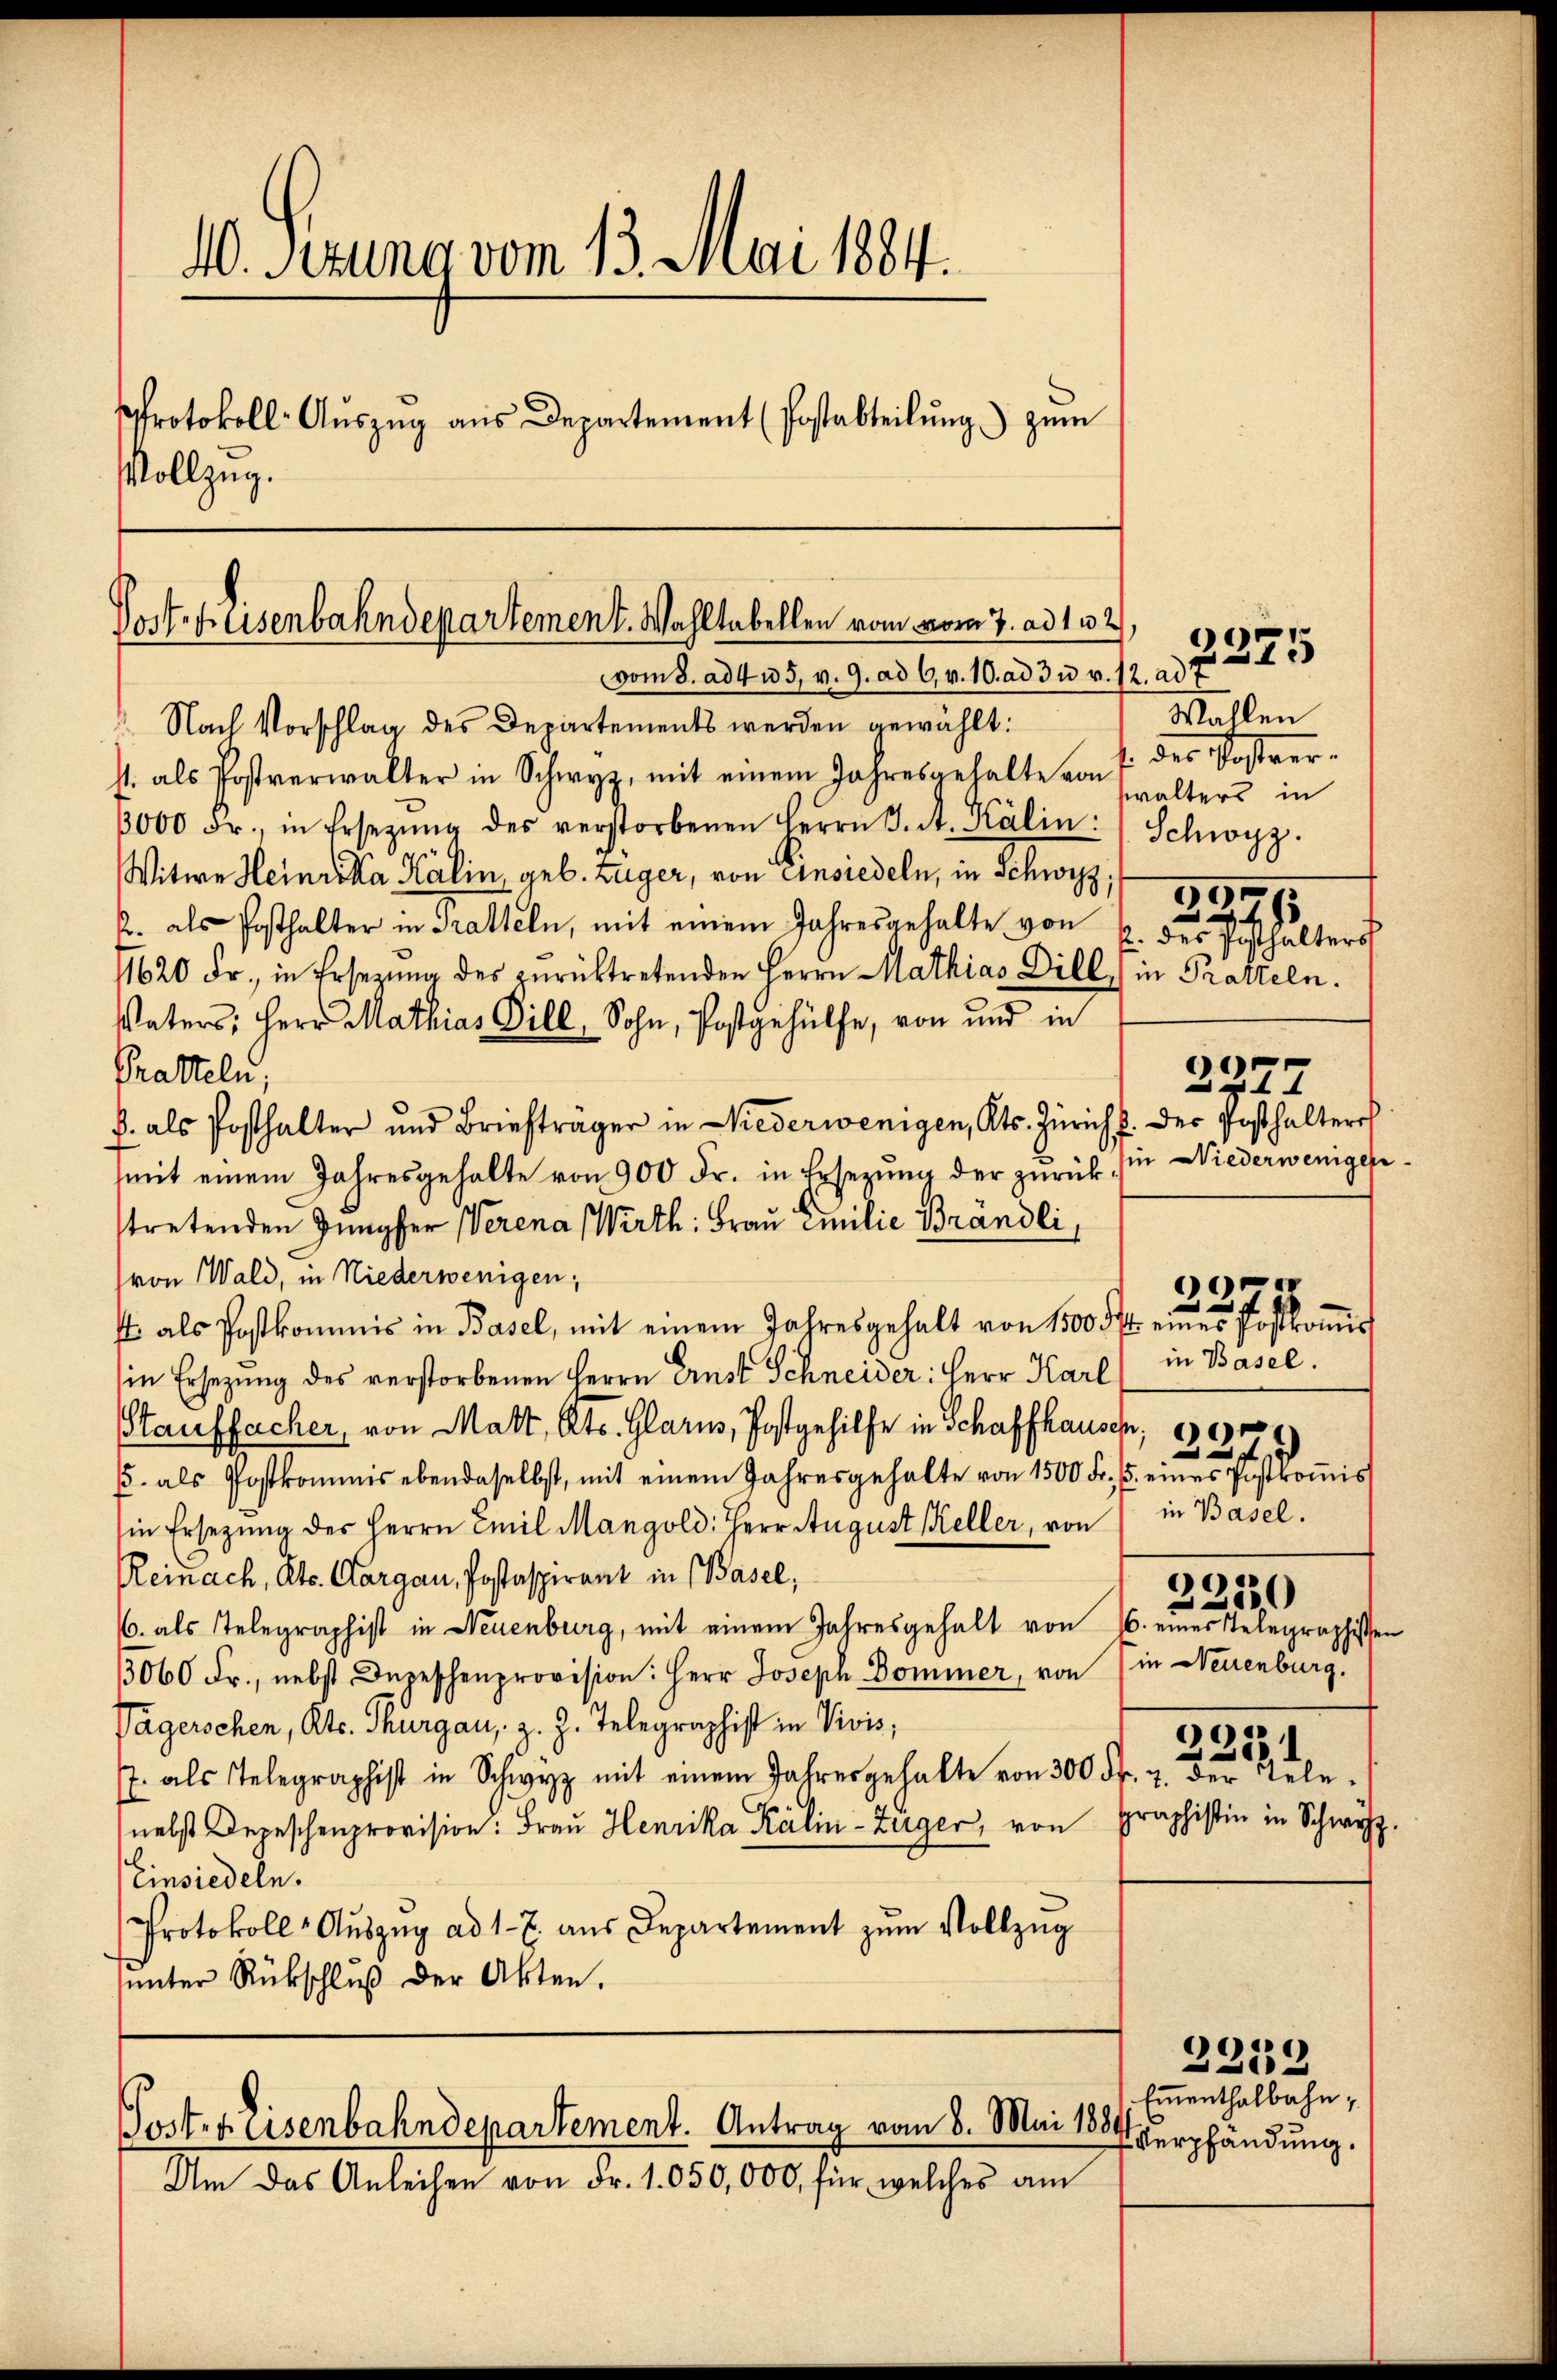
10. Pezuna vom 13. Mai 1884.
Protokoll- Aŭszŭg aŭs Departement (Postabteilŭng zŭm
Vollzug.
Post. Hasenbahndepartement. Wahltabellen vom vom 7. ad 112

vom 8. ad 415. v. 9. ad 6. v. 10. ad 3 u. v. 12. ad 7
Nach Vorschlag des Departements werden gewählt:
s. als Postverwalter in Schwyz, mit einem Jahresgehalte von 7 des Postver-
3000 Fr., in Ersetzŭng des verstorbenen Herrn J. A. Kälin: "Schwyz.
Witwe Heinrika Kalin, geb. Zuger, von Einsiedeln, in Schwyz;
2. als Posthalter in Tratteln, mit einem Jahresgehalte von
11620 Fr., in Ersezung des zurücktretenden Herrn Mathias Dill) in Pratteln.
Vaters: Herr Mathias Gill, Sohn, Postgehülfe, von und in
Tratteln,
B. als Posthalter und Briefträger in Niederwenigen, Kts. Zürich u. der Posthaltere
mit einem Jahresgehalte von 900 Fr. in Ersetzŭng der zŭrück, sie Niederweniger
stretenden Jungfer Verena Wirth: Frau Emilie Brandli,
von Wald, in Niederwenigen;
t als Postkommis in Basel, mit einem Jahresgehalt von 1500 f eines Postkoṁis
in Ersezung des verstorbenen Herrn Ernst Schneider: Herr Karl in Basel.
Hauffacher, von Matt, Kts. Glarus, Postgehilfe in Schaffhausen,
22f
5. als Postkommis ebendaselbst, mit einem Jahresgehalte von 1500 Fr. 5. eines Postkomis
in Ersetzŭng des Herrn Emil Mangold: Herr August Keller, von in Basel.
Reinach, Kts. Aargau, Postaspirant in Basel,
6. als Telegraphist in Neuenburg, mit einem Jahresgehalt von 16. eines Telegraphissen
3060 Fr., nebst Depeschenprovision: Herr Joseph Dominer, von in Neuenburg,
Pägerschen, Kts. Thurgau, z. Z. Telegraphist in Vivis,
e
.
J. als Telegraphist in Schwyz mit einem Jahresgehalte von 300 Fr. 7. der Tele-
nebst Depeschenprovision: Frau Henrika Kälin-Züger, von Praphistin in Schwyz
Einsiedeln.
Protokoll- Aŭszŭg ad 1. 2. aŭs Departement zŭm Vollzŭg
sunter Rückschluß der Akten.
Post- & Eisenbahndepartement. Antrag vom 8. Mai 1884
Am das Anleihen von Fr. 1050,000, für welches am

Wallen
walters in
3291
p. des Posthalters

0
21.

o
i

G

2239

f
e
2230

Ementhalbahn,
Verpfändung.